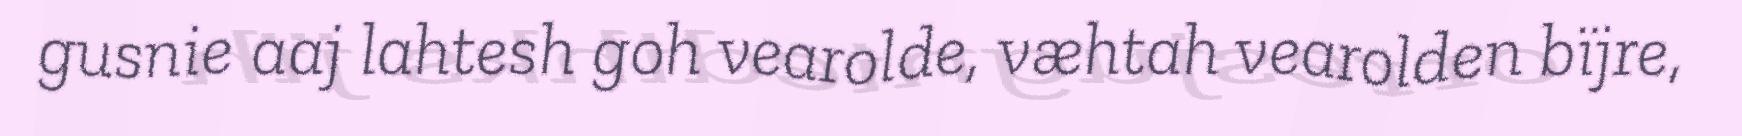
gusnie aaj lahtesh goh vearolde, væhtah vearolden bïjre,